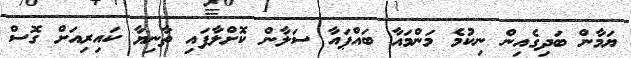
ޔަމާން ބަދިގެއިން ނިކުމެ މަންމައާ ބައްޕައާ ސަލާން ކޮށްލާފައި ތާނިޔާ ކައިރިއަށް ގޮސް